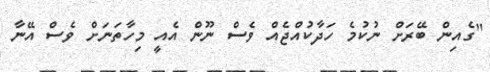
"ގެއިން ބޭރަށް ނުކުމެ ހަދާކުއްޖެއް ވެސް ނޫން އެއީ މިހާތަނަށް ވެސް އޭނާ